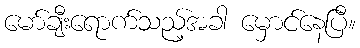
မော်ချီးရောက်သည့်အခါ မှောင်နေပြီ။